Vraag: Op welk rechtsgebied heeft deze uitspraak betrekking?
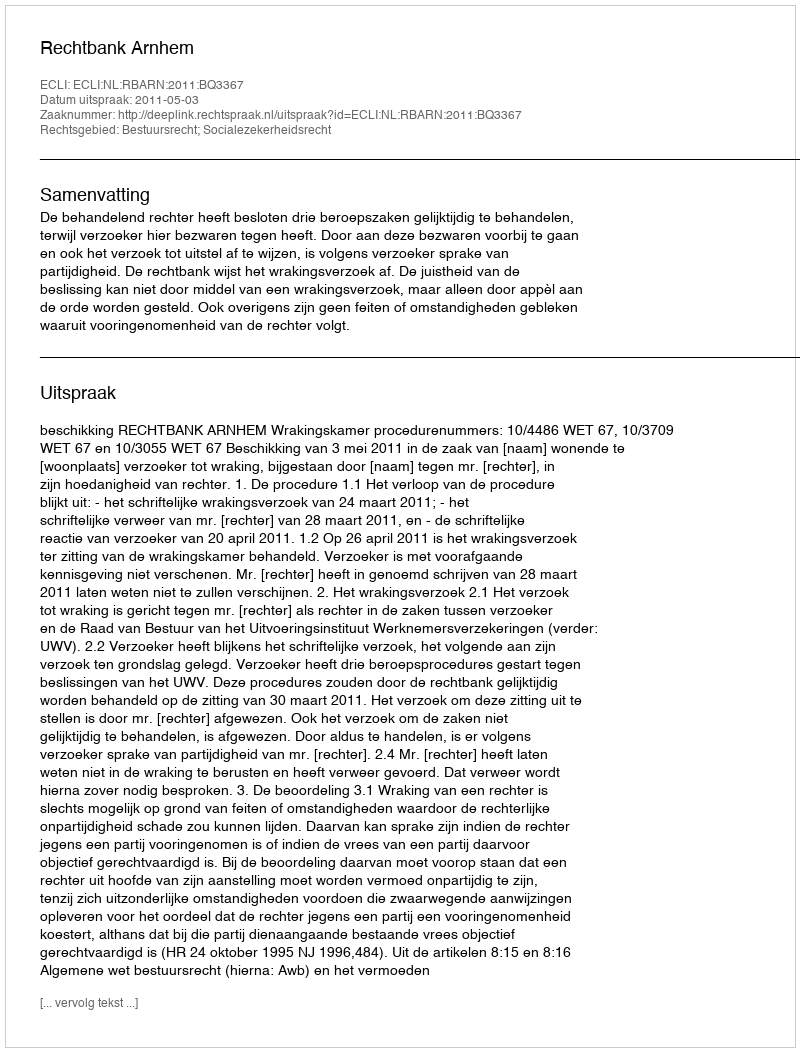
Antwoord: Bestuursrecht; Socialezekerheidsrecht